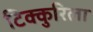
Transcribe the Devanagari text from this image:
टिक्कुरिला